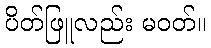
ပိတ်ဖြူလည်း မဝတ်။